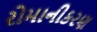
રોમાનીકરણ